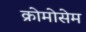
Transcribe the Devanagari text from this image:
क्रोमोसेम